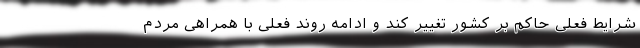
شرایط فعلی حاکم بر کشور تغییر کند و ادامه روند فعلی با همراهی مردم